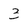
Character: 3